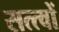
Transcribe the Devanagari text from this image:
सत्त्वों